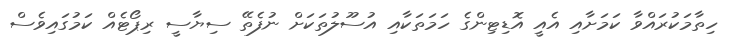
ހިތާމަކުރައްވާ ކަމަށާއި އެއީ އޮޑިޓިންގެ ހަމަތަކާއި އުސޫލުތަކަށް ނުފެތޭ ސިޔާސީ ރިޕޯޓެއް ކަމުގައިވެސް